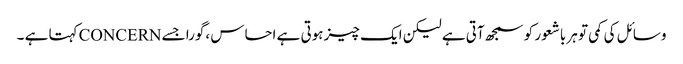
وسائل کی کمی تو ہر باشعور کو سمجھ آتی ہے لیکن ایک چیز ہوتی ہے احساس ،گورا جسے CONCERNکہتا ہے ۔